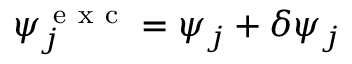
\psi _ { j } ^ { \mathrm { ~ e ~ x ~ c ~ } } = \psi _ { j } + \delta \psi _ { j }